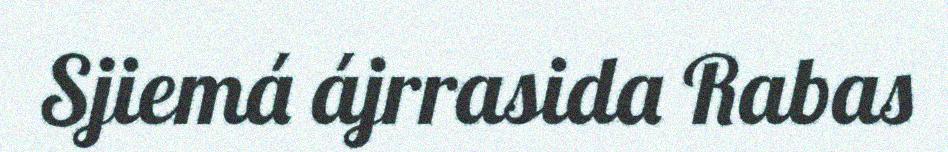
Sjiemá ájrrasida Rabas